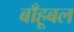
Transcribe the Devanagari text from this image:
बाँहूबल